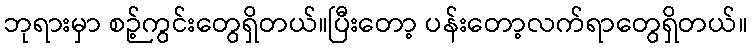
ဘုရားမှာ စဉ့်ကွင်းတွေရှိတယ်။ပြီးတော့ ပန်းတော့လက်ရာတွေရှိတယ်။